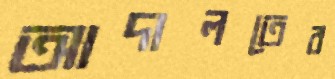
আদালতের